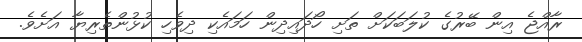
ރާއްޖެ އިން ބޭރުގެ ކުލަބަކަށް ތަށި ހޯދައިދިން ހަމައެކި ދިވެހި ކުޅުންތެރިޔާ އަށެވެ.